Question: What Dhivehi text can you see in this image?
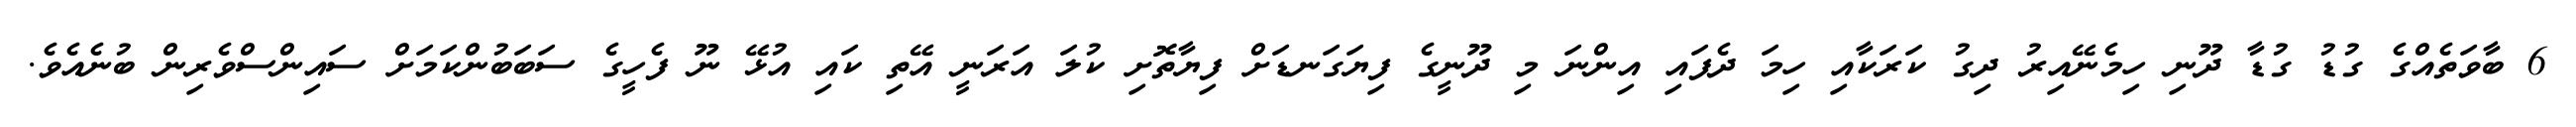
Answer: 6 ބާވަތެއްގެ ގުޑު ގުޑާ ދޫނި ހިމެނޭއިރު ދިގު ކަރަކާއި ހިމަ ދެފައި އިންނަ މި ދޫނީގެ ފިޔަގަނޑަށް ފިޔާތޮށި ކުލަ އަރަނީ އޭތި ކައި އުޅޭ ނޫ ފެހީގެ ސަބަބުންކަމަށް ސައިންސްވެރިން ބުނެއެވެ.